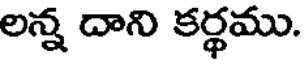
లన్న దాని కర్థము.